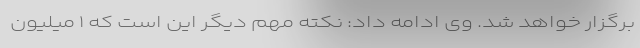
برگزار خواهد شد. وی ادامه داد: نکته مهم دیگر این است که ١ میلیون